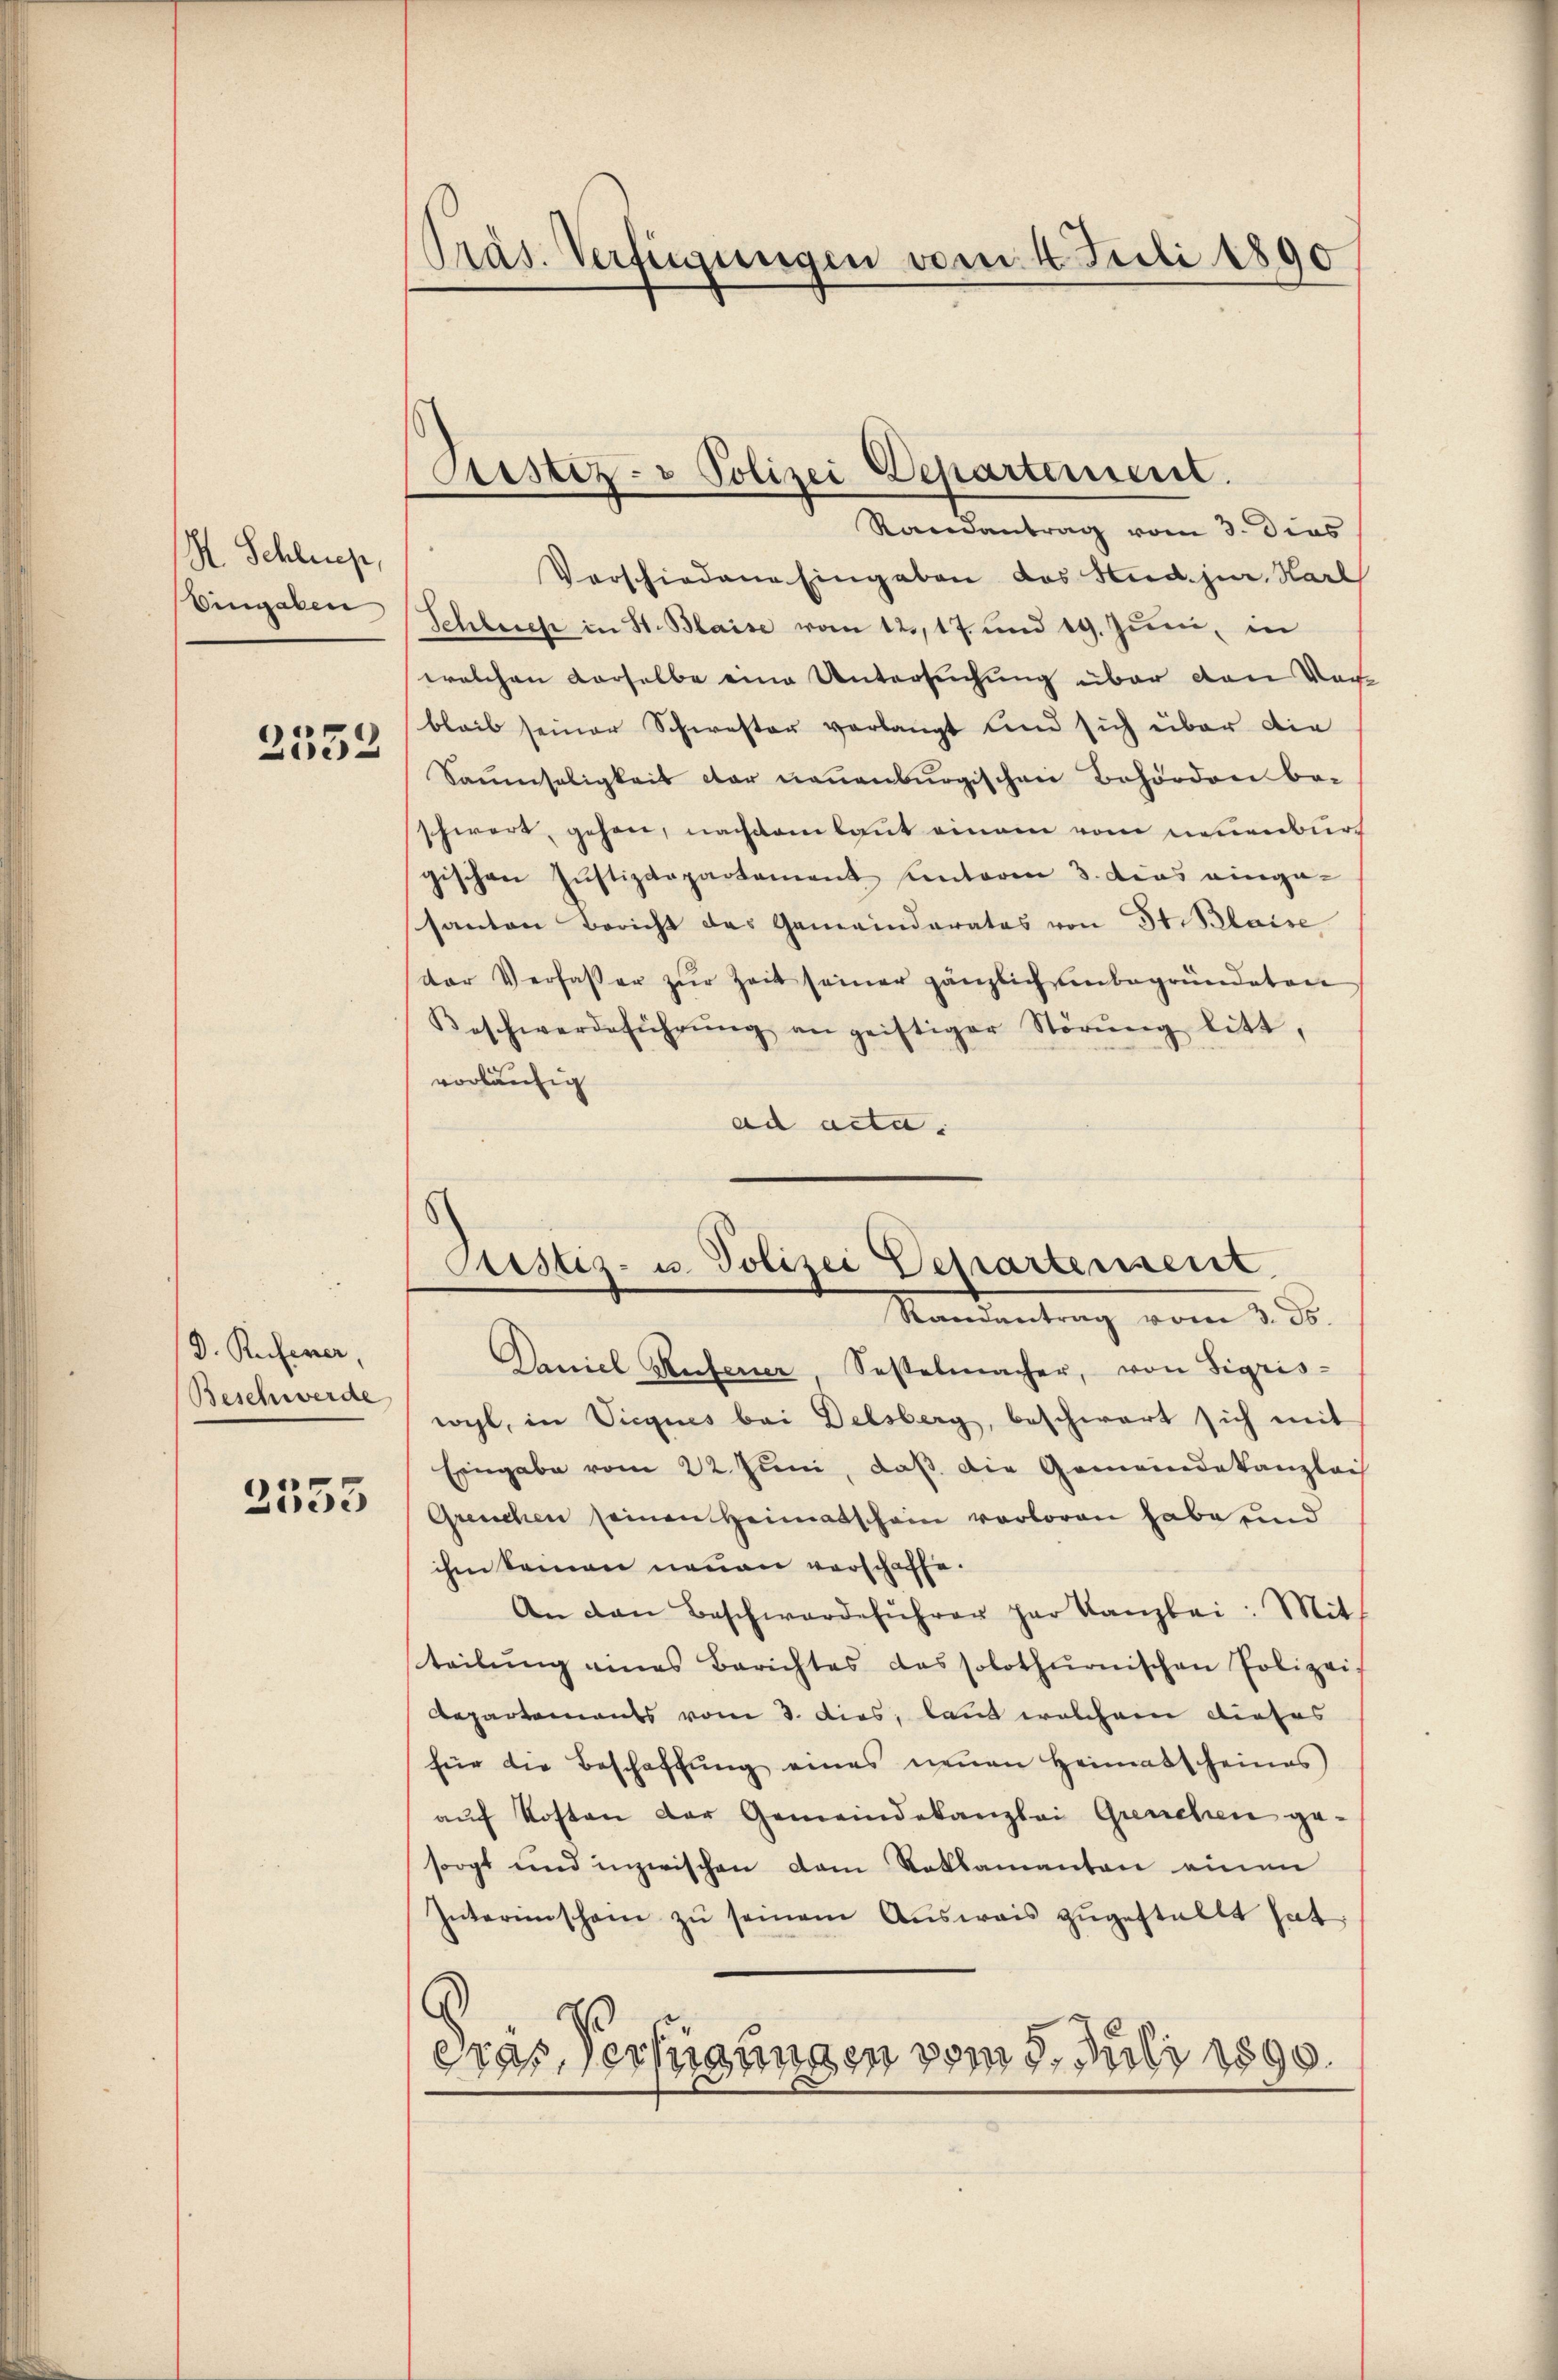
H. Schließ,
Eingaben

2532

D. Rufener,
Beschwerde

2353

PPräs. Verfügungen vom 4. Juli 1890

ustiz- Polizei Departement.
Randantrag vom 3. dies

s
Aristiz- u. Polizei Departensent

Vorschiedene Eingaben das Stud. jur. Harl
Schlech in St. Blaise vom 12., 17. und 19. Juni, in
welchen derselbe eine Untersuchung über den Vor
bleib seiner Schwester verlangt und sich über die
Saumseligkeit der neuenburgischen Behörden be-
schwert, gehen, nachdem laut einem vom neuenbur
gischen Justizdepartement Cantoren 3. dies einge-
santon Bericht das Gemeinderates von St. Blaise
der Verfasser zŭr Zeit seiner gänzlich unbegründeten
Beschwerdeführŭng an geistiger Störŭng litt,
vorläufig
ad acta.
Mandantrag vom 2. ds.
Daniel Rufener, Sesselmacher, von Sigris-
wohl, in Vicques bei Delsberg, beschwart sich mit
Eingabe vom 22. Juni, daß die Gemeindekanzlei
Greuchen seinen Heimatschein verloren habe und
ihm keinen neuen verschaffe.
An den Beschwerdeführer her Kanzlei: Mit
teilŭng eines Berichtes das solothurnischen Polizei-
Repartements vom 3. dies, laut welchem dieses
für die Beschaffŭng eines neŭen Heimatscheines
aŭf Kosten der Gemeindekanzlei Greuchen gesorgt und inzwischen dem Reklamanten einen
Interimschein zŭ seinem Aŭsweis zŭgestellt hat,
eras Verfügungen vom 8. Juli 1890.